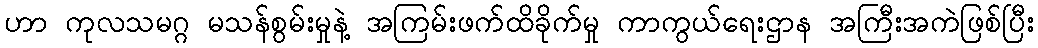
ဟာ ကုလသမဂ္ဂ မသန်စွမ်းမှုနဲ့ အကြမ်းဖက်ထိခိုက်မှု ကာကွယ်ရေးဌာန အကြီးအကဲဖြစ်ပြီး